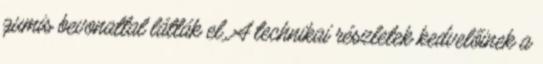
gumis bevonattal látták el. A technikai részletek kedvelőinek a